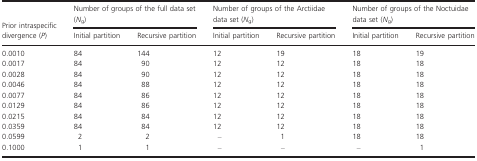
<table><thead><tr><td></td><td colspan="2"><b>Number of groups of the full data set (<i>N</i><sub>g</sub>)</b></td><td colspan="2"><b>Number of groups of the Arctiidae data set (<i>N</i><sub>g</sub>)</b></td><td colspan="2"><b>Number of groups of the Noctuidae data set (<i>N</i><sub>g</sub>)</b></td></tr><tr><td><b>Prior intraspecific divergence (<i>P</i>)</b></td><td><b>Initial partition</b></td><td><b>Recursive partition</b></td><td><b>Initial partition</b></td><td><b>Recursive partition</b></td><td><b>Initial partition</b></td><td><b>Recursive partition</b></td></tr></thead><tbody><tr><td>0.0010</td><td>84</td><td>144</td><td>12</td><td>19</td><td>18</td><td>19</td></tr><tr><td>0.0017</td><td>84</td><td>90</td><td>12</td><td>12</td><td>18</td><td>18</td></tr><tr><td>0.0028</td><td>84</td><td>90</td><td>12</td><td>12</td><td>18</td><td>18</td></tr><tr><td>0.0046</td><td>84</td><td>88</td><td>12</td><td>12</td><td>18</td><td>18</td></tr><tr><td>0.0077</td><td>84</td><td>86</td><td>12</td><td>12</td><td>18</td><td>18</td></tr><tr><td>0.0129</td><td>84</td><td>86</td><td>12</td><td>12</td><td>18</td><td>18</td></tr><tr><td>0.0215</td><td>84</td><td>84</td><td>12</td><td>12</td><td>18</td><td>18</td></tr><tr><td>0.0359</td><td>84</td><td>84</td><td>12</td><td>12</td><td>18</td><td>18</td></tr><tr><td>0.0599</td><td>2</td><td>2</td><td>–</td><td>1</td><td>18</td><td>18</td></tr><tr><td>0.1000</td><td>1</td><td>1</td><td>–</td><td>–</td><td>–</td><td>1</td></tr></tbody></table>